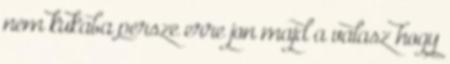
nem kukaba persze erre jon majd a valasz hogy